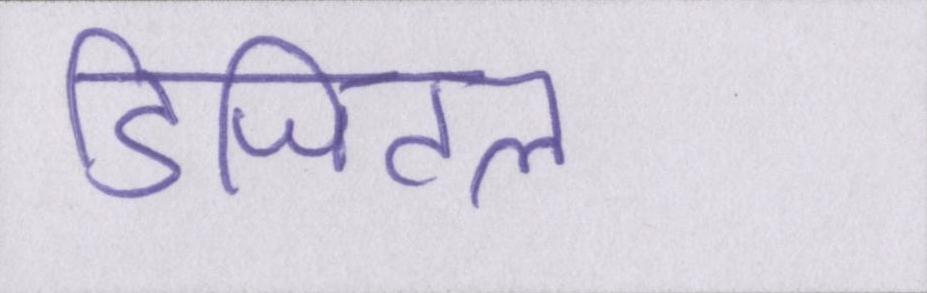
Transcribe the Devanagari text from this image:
डिजिटल